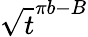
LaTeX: \sqrt{t}^{\pi b-B}